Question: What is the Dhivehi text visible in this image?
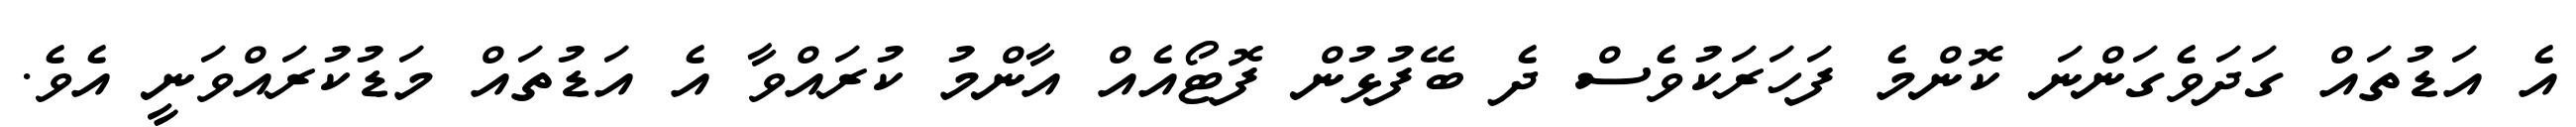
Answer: އެ އަޑުތައް ގަދަވެގަންނަ ކޮންމެ ފަހަރަކުވެސް ދެ ބޭފުޅުން ފޮޓޯއެއް އާންމު ކުރައްވާ އެ އަޑުތައް މަޑުކުރައްވަނީ އެވެ.